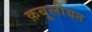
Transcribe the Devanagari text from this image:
क़बूलीयत